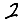
Digit: 2